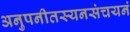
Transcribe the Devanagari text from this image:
अनुपनीतस्यनसंचयनं